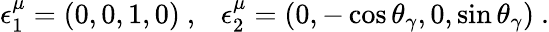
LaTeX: \epsilon_{1}^{\mu}=(0,0,1,0)~,~~~\epsilon_{2}^{\mu}=(0,-\cos\theta_{\gamma},0,\sin\theta_{\gamma})~.